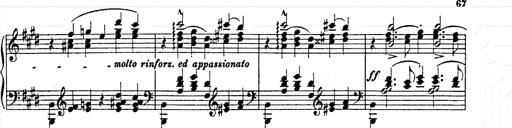
Title: AnnÃ©es de pÃ¨lerinage II
Composer: Franz Liszt